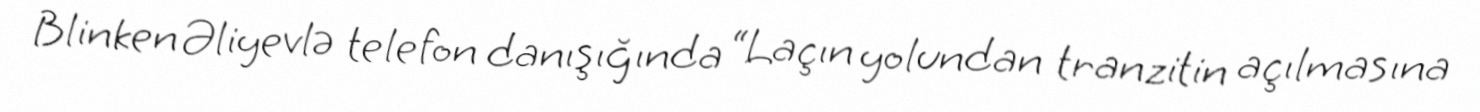
Blinken Əliyevlə telefon danışığında “Laçın yolundan tranzitin açılmasına